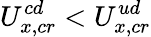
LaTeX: U_{x,cr}^{cd}<U_{x,cr}^{ud}